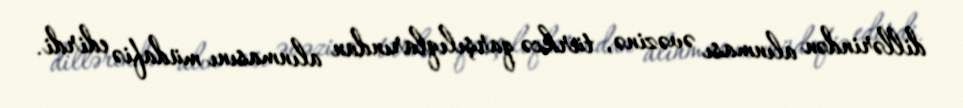
dillərindən alınması əvəzinə, türkcə qarşılıqlarından alınmasını müdafiə edirdi.